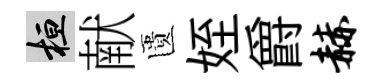
桓献匱姪爵赫